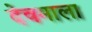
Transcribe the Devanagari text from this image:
देवमाला